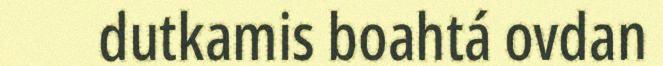
dutkamis boahtá ovdan